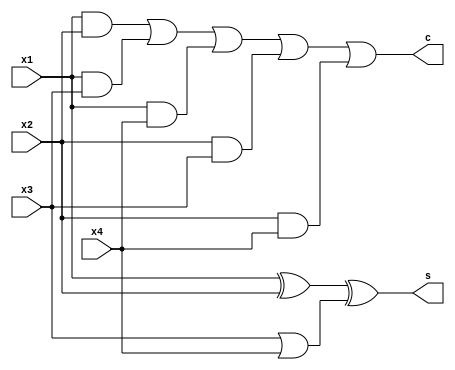
module ap_comp (
    input wire x1,x2,x3,x4,
    output wire s,c
);
    assign c=(x1&x2)|| (x1&x3) || (x1&x4) || (x2&x3)|| (x2&x4);
    assign s=(x1^x2)^(x3 || x4);
    
endmodule